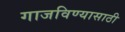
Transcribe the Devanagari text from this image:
गाजविण्यासाठी